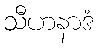
သီဟနာဒံ